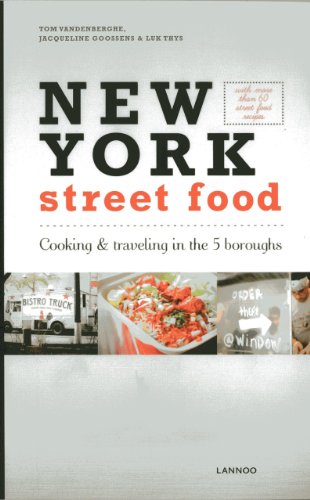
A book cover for New York Street Food; Jacqueline Goossens; Cookbooks, Food & Wine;